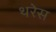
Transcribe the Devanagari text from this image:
थरेस